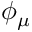
\phi _ { \mu }